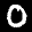
Digit: 0